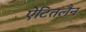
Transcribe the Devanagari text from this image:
ऐटितलैन